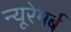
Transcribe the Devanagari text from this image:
न्यूरेमर्ब